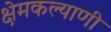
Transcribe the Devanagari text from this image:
क्षेमकल्याणी